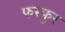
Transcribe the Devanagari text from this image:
फरफुर